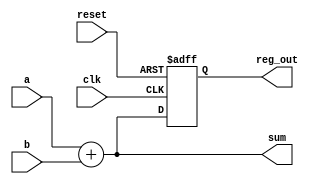
module example (
    input wire clk,          // Clock input
    input wire reset,        // Reset input
    input wire [3:0] a,     // 4-bit input
    input wire [3:0] b,     // 4-bit input
    output reg [3:0] sum,    // 4-bit output for sum
    output reg [3:0] reg_out // 4-bit output for registered value
);

// Combinational logic using always @*
always @* begin
    sum = a + b; // Sum of inputs a and b
end

// Sequential logic using always @ (posedge clk)
always @(posedge clk or posedge reset) begin
    if (reset) begin
        reg_out <= 4'b0000; // Reset output to 0
    end else begin
        reg_out <= sum; // Register the sum on clock edge
    end
end

endmodule